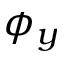
\phi _ { y }